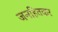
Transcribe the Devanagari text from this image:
जनहितकर